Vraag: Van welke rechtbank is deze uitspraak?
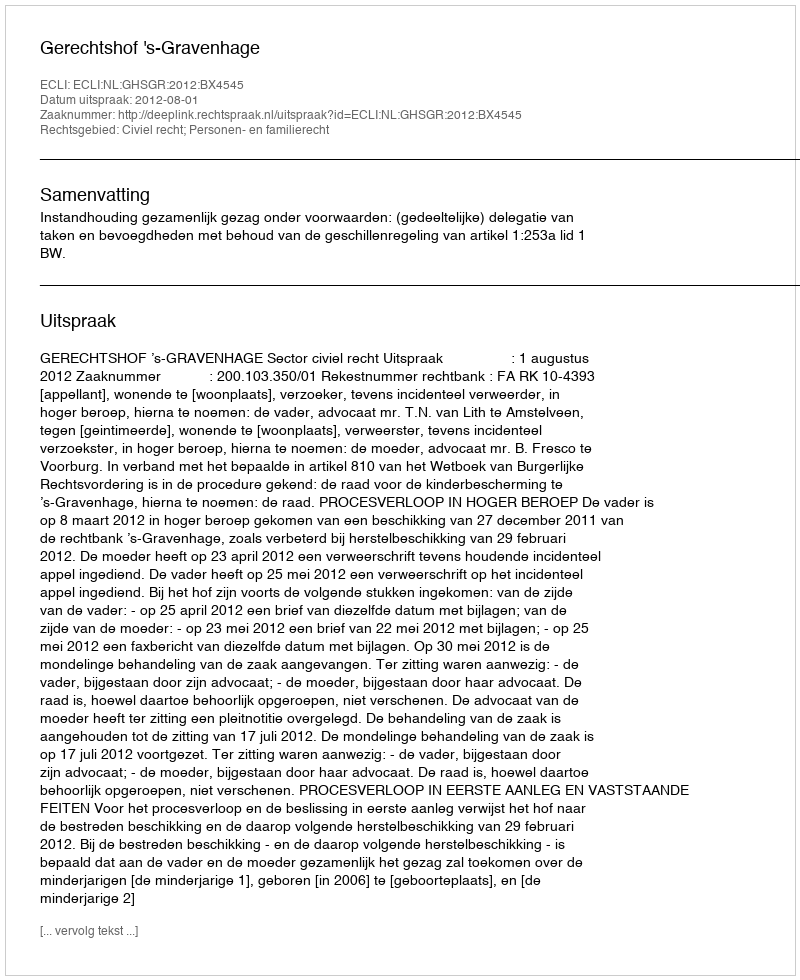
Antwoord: Gerechtshof 's-Gravenhage